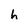
Character: h